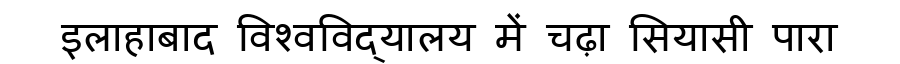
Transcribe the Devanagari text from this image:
इलाहाबाद विश्वविद्यालय में चढ़ा सियासी पारा